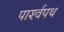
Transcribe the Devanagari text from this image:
पार्श्‍वपथ